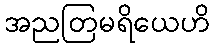
အညတြမရိယေဟိ